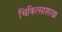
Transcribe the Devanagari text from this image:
चिकित्साशाखा